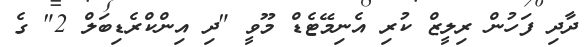
ދާދި ފަހުން ރިލީޒް ކުރި އެނިމޭޓެޑް މޫވީ "ދި އިންކްރެޑިބަލް 2" ގެ